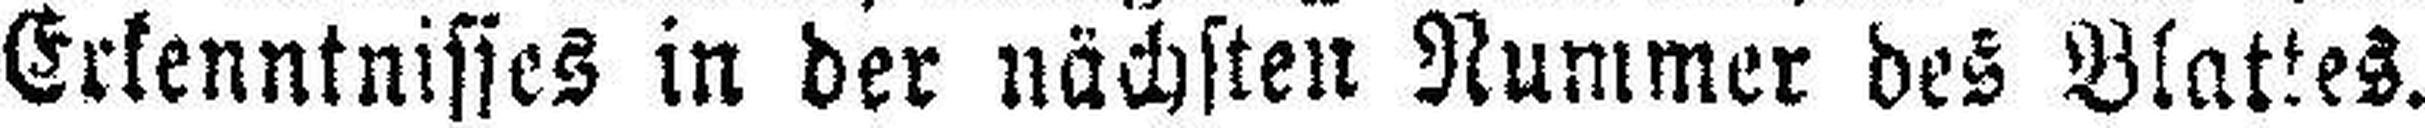
Erkenntnisses in der nächsten Nummer des Blattes.